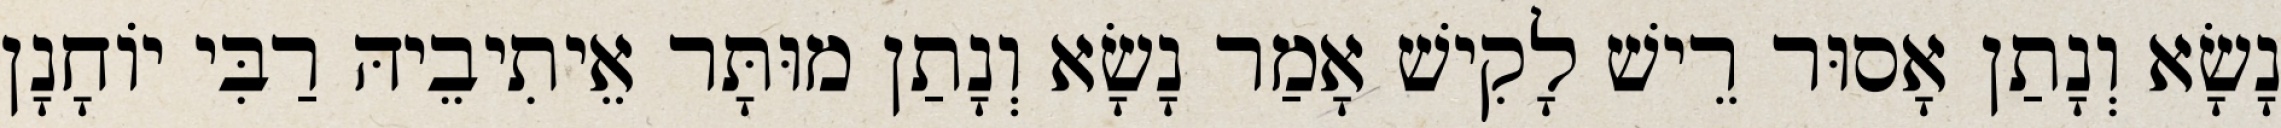
נָשָׂא וְנָתַן אָסוּר רֵישׁ לָקִישׁ אָמַר נָשָׂא וְנָתַן מוּתָּר אֵיתִיבֵיהּ רַבִּי יוֹחָנָן